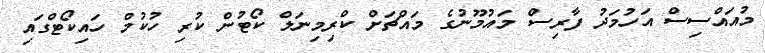
މުއައްސިސް އަހުމަދު ފާރިސް މައުމޫނުގެ މައްޗަށް ކްރިމިނަލް ކޯޓުން ކުރި ހުކުމް ހައިކޯޓްގައި